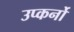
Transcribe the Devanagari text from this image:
उप्कर्नो